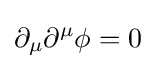
\partial _{\mu }\partial ^{\mu }\phi =0